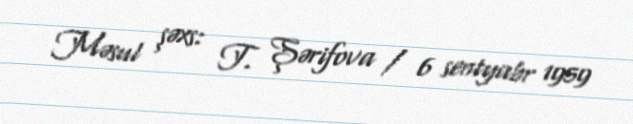
Məsul şəxs: T. Şərifova / 6 sentyabr 1959